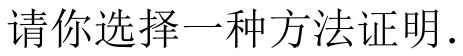
请你选择一种方法证明．